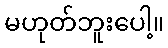
မဟုတ်ဘူးပေါ့။